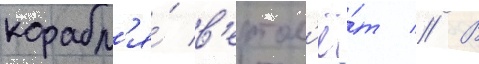
корабл'я́ в'ертол'ё́т // В